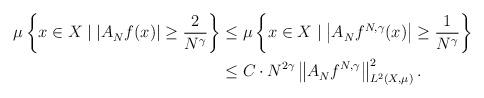
LaTeX: \begin{align*}\mu\left\{x \in X \mid |A^{}_{N}f(x)| \geq \frac{2}{N^\gamma} \right\} & \leq \mu\left\{x \in X \mid \left\lvert A^{}_{N}f^{N,\gamma}(x)\right\rvert \geq \frac{1}{N^\gamma} \right\} \\ & \leq C_{}\cdot N^{2\gamma}\left\|A^{}_{N}f^{N,\gamma}\right\|_{L^{2}(X,\mu)}^{2}.\end{align*}